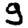
Digit: 9